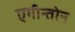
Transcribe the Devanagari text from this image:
एगीन्तोन